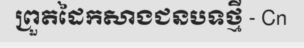
ព្រួតដៃកសាងជនបទថ្មី - Cn